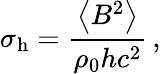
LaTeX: \sigma_{\mathrm{h}}=\frac{\left\langle B^{2}\right\rangle}{\rho_{\mathrm{0}}hc^{2}}\, ,